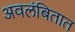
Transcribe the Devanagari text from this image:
अवलंबितात